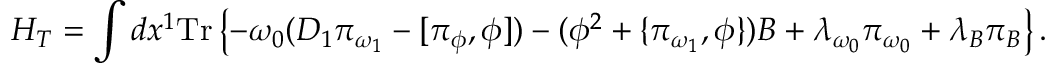
H _ { T } = \int d x ^ { 1 } \mathrm { T r } \left\{ - \omega _ { 0 } ( D _ { 1 } \pi _ { \omega _ { 1 } } - [ \pi _ { \phi } , \phi ] ) - ( \phi ^ { 2 } + \{ \pi _ { \omega _ { 1 } } , \phi \} ) B + \lambda _ { \omega _ { 0 } } \pi _ { \omega _ { 0 } } + \lambda _ { B } \pi _ { B } \right\} .